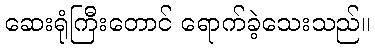
ဆေးရုံကြီးတောင် ရောက်ခဲ့သေးသည်။